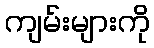
ကျမ်းများကို